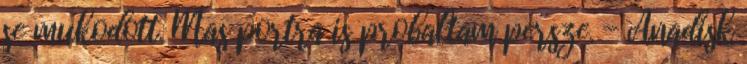
se mukodott. Mas portra is probaltam persze. - Anadisk